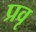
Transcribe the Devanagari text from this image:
प्रवृ